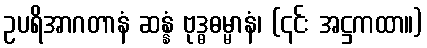
ဥပရိအာဂတာနံ ဆန္နံ ဗုဒ္ဓဓမ္မာနံ၊ (၎င်း အဋ္ဌကထာ။)